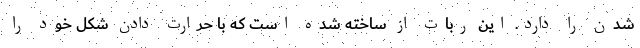
شدن را دارد. این ربات از ساخته شده است که با حرارت دادن شکل خود را